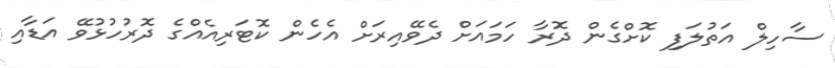
ސާހިލް އަތުލަފި ކޮށްގެން ދޮރާ ހަމައަށް ދެވޭއިރަށް އެހެން ކޮޓަރިއެއްގެ ދޮރުހުޅުވޭ އަޑާއި